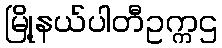
မြို့နယ်ပါတီဥက္ကဌ